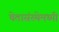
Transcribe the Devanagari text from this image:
चेतासंस्थेमध्यी